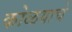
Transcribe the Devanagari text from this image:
कोळयाचे